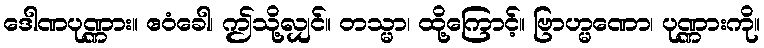
ဒေါဏပုဏ္ဏား။ ဧဝံခေါ၊ ဤသို့လျှင်။ တသ္မာ၊ ထို့ကြောင့်။ ဗြာဟ္မဏော၊ ပုဏ္ဏားကို။